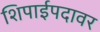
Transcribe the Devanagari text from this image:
शिपाईपदावर